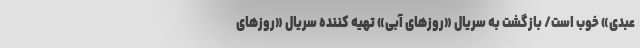
عبدی» خوب است/ بازگشت به سریال «روزهای آبی» تهیه کننده سریال «روزهای